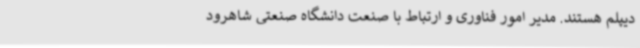
دیپلم هستند. مدیر امور فناوری و ارتباط با صنعت دانشگاه صنعتی شاهرود